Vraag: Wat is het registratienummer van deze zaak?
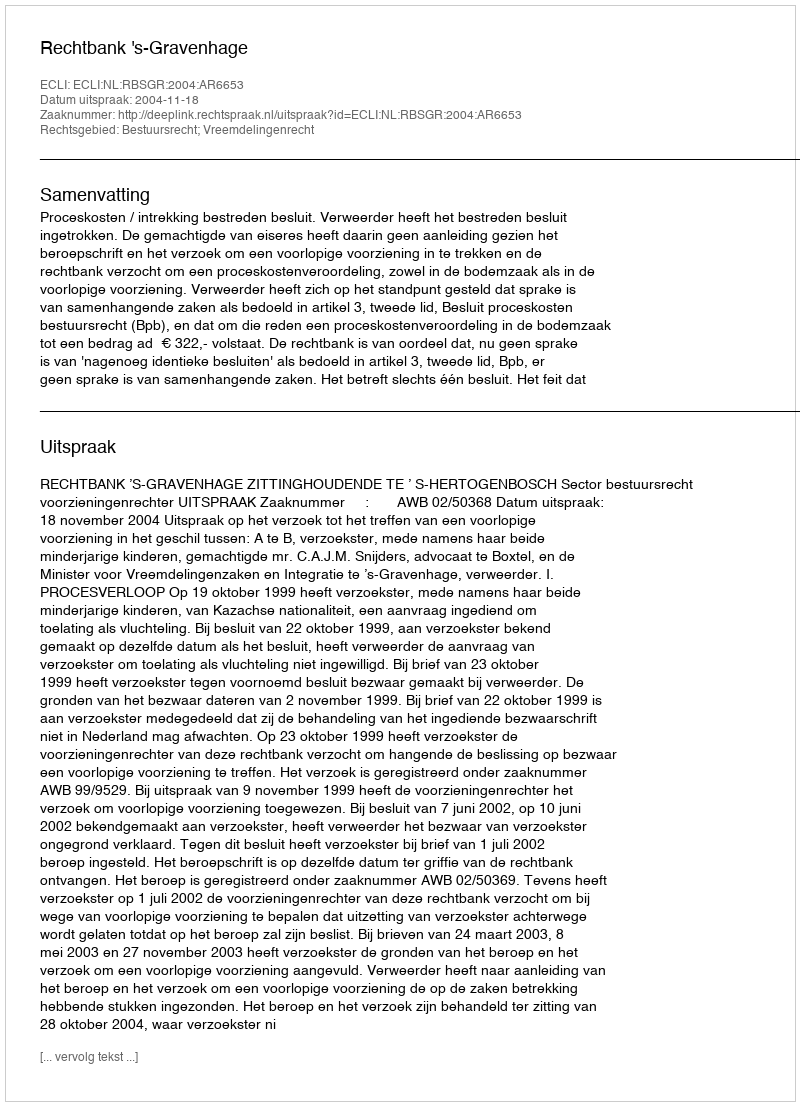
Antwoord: http://deeplink.rechtspraak.nl/uitspraak?id=ECLI:NL:RBSGR:2004:AR6653